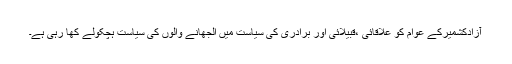
آزادکشمیرکے عوام کو علاقائی ،قبیلائی اور برادری کی سیاست میں الجھانے والوں کی سیاست ہچکولے کھا رہی ہے۔